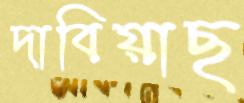
দাবিয়াছ